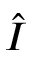
\hat { I }